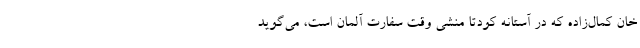
خان کمال‌زاده که در آستانه کودتا منشی وقت سفارت آلمان است، می‌گوید